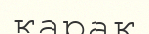
қарақ